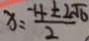
x = \frac { - 4 \pm 2 \sqrt { 6 } } { 2 }